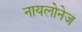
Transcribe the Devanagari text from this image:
नायलोनेज